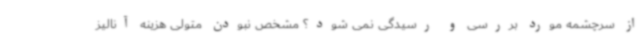
از سرچشمه مورد بررسی و رسیدگی نمی شود؟ مشخص نبودن متولی هزینه آنالیز